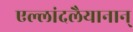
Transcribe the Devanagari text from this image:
एल्लांदलैयानान्